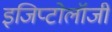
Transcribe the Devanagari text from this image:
इजिप्टोलॉजी